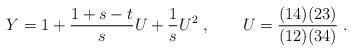
LaTeX: \begin{align*} Y = 1 + {1+s-t\over s}U +{1\over s}U^2\;, \qquad U = {(14)(23)\over (12)(34)}\;.\end{align*}